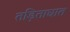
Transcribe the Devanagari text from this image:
तड़िताघात